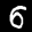
Label: 6